Lunatic asylums Madras 1877-1891 - 1877-1891
Year: 1877
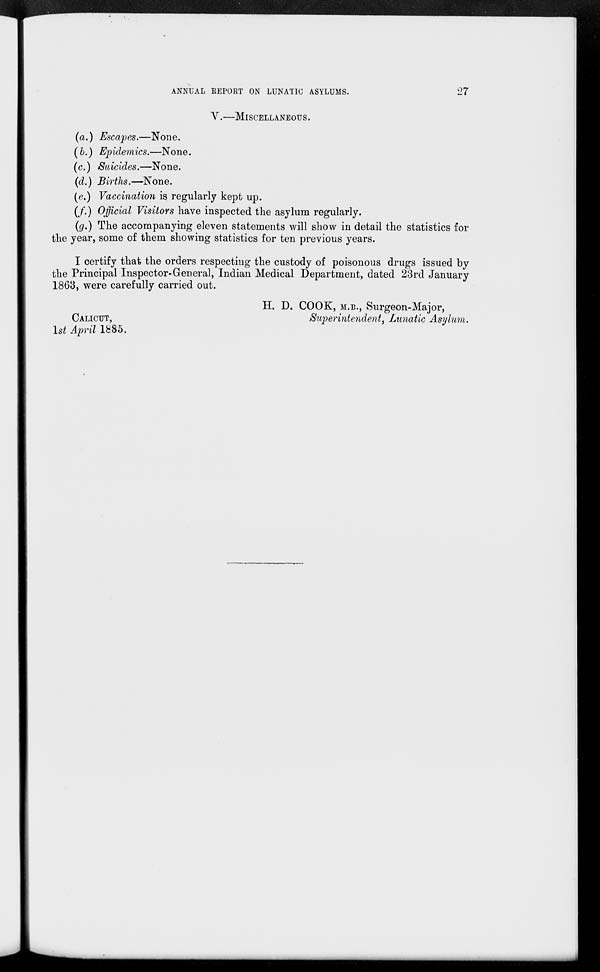
ANNUAL REPORT ON LUNATIC ASYLUMS.
27
V.—MISCELLANEOUS.
(a.) Escapes.—None.
(b.) Epidemics.—None.
(c.) Suicides.—None.
(d.) Births.—None.
(e.) Vaccination is regularly kept up.
(f.) Official Visitors have inspected the asylum regularly.
(g.) The accompanying eleven statements will show in detail the statistics for
the year, some of them showing statistics for ten previous years.
I certify that the orders respecting the custody of poisonous drugs issued by
the Principal Inspector-General, Indian Medical Department, dated 23rd January
1863, were carefully carried out.
CALICUT,
1st April 1885.
H. D. COOK, M.B., Surgeon-Major,
Superintendent, Lunatic Asylum.